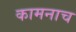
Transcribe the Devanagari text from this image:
कामनाच